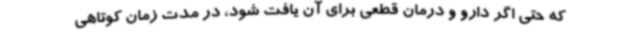
که حتی اگر دارو و درمان قطعی برای آن یافت شود، در مدت زمان کوتاهی